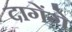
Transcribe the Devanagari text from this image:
दागेंगे